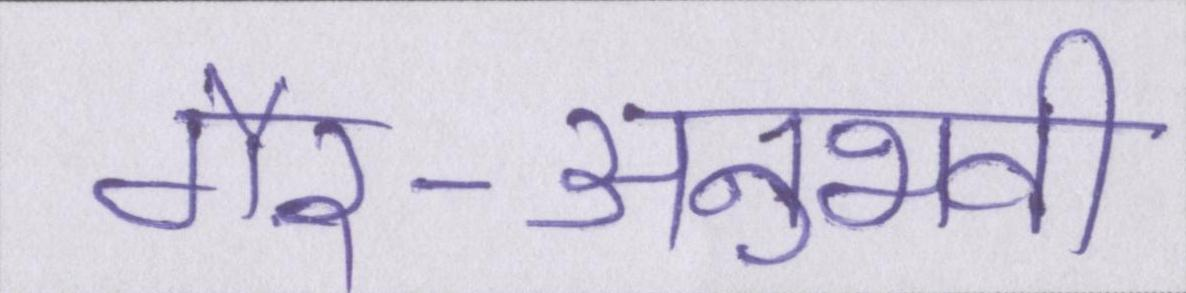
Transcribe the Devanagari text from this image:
गैर-अनुभवी